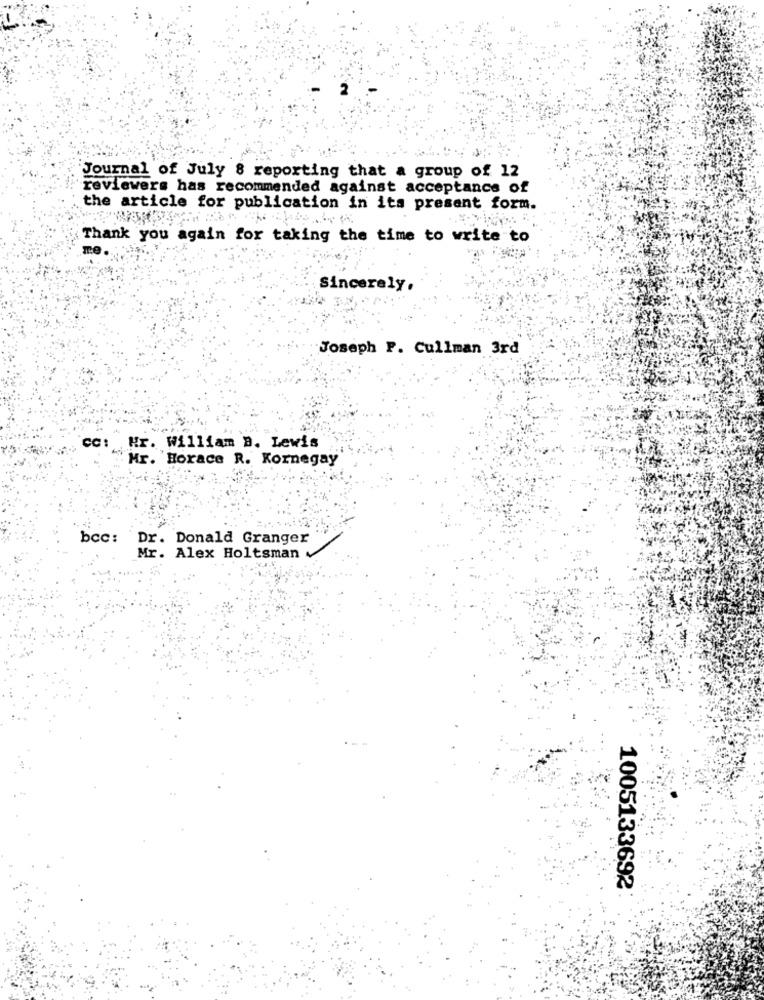
Journal of July 8 reporting that a group of 12
reviewers has recommended against acceptance of
the article for publication in its present form.
Thank you again for taking the time to write to
Sincerely,
Joseph P. Cullman 3rd
CC :
Hr. William B. Lewis
Mr. Horace R. Kornegay
bcc: Dr. Donald Granger
Mr. Alex Holtsman
1005133692